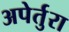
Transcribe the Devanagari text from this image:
अपेर्तुरा